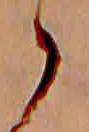
ゝ